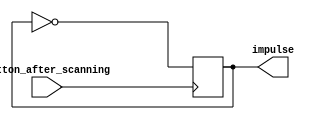
`timescale 1ns / 1ps
//////////////////////////////////////////////////////////////////////////////////
// Company: 
// Engineer: 
// 
// Design Name: 
// Module Name: artificial_impulse
// Project Name: 
// Target Devices: 
// Tool Versions: 
// Description: 
// 
// Dependencies: 
// 
// Revision:
// Revision 0.01 - File Created
// Additional Comments:
// 
//////////////////////////////////////////////////////////////////////////////////


module artificial_impulse(
    input wire button_after_scanning,
    output reg impulse
    );
    
    initial begin
        impulse = 1;
    end
    
    
    always@ (posedge button_after_scanning) begin
        impulse = ~impulse;
    end
endmodule